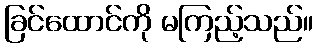
ခြင်ထောင်ကို မကြည့်သည်။